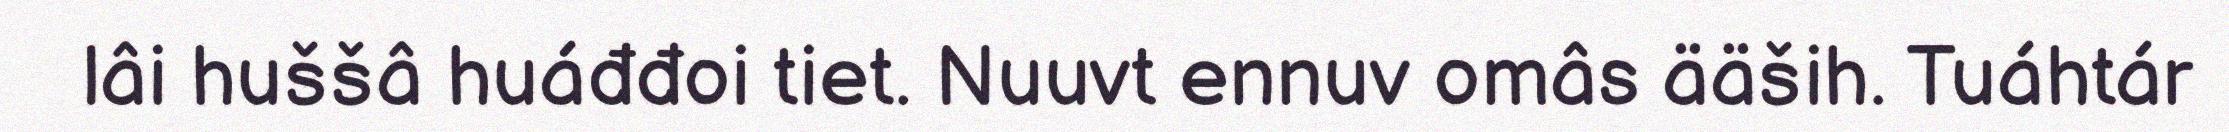
lâi huššâ huáđđoi tiet. Nuuvt ennuv omâs ääših. Tuáhtár